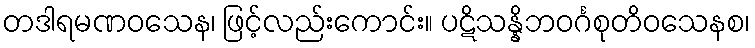
တဒါရမဏဝသေန၊ ဖြင့်လည်းကောင်း။ ပဋိသန္နိဘဝင်္ဂစုတိဝသေနစ၊